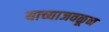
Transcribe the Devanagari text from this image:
याच्याजवळून